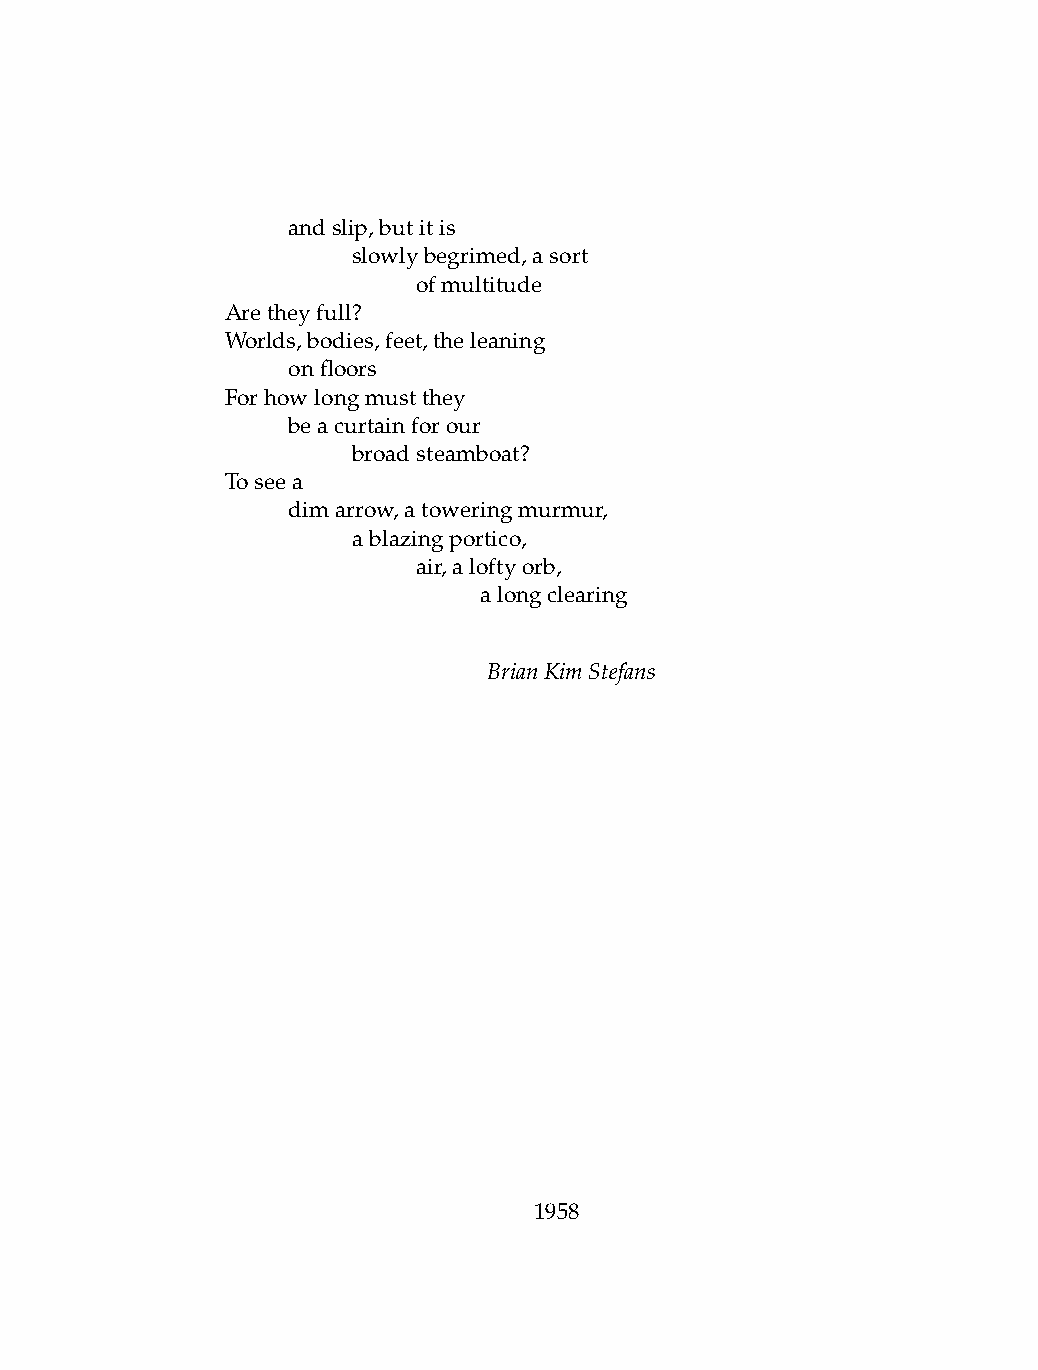
.   andslip,butitis
 .   .   slowlybegrimed,asort
 .   .   .    ofmultitude
 Aretheyfull?
 Worlds,bodies,feet,theleaning
 .   onfloors
 Forhowlongmustthey
 .   beacurtainforour
 .   .   broadsteamboat?
 Toseea
 .   dimarrow,atoweringmurmur,
 .   .   ablazingportico,
 .   .   .    air,aloftyorb,
 .   .   .    .   alongclearing
 BrianKimStefans
 1958